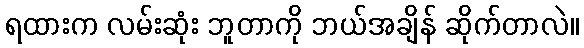
ရထားက လမ်းဆုံး ဘူတာကို ဘယ်အချိန် ဆိုက်တာလဲ။